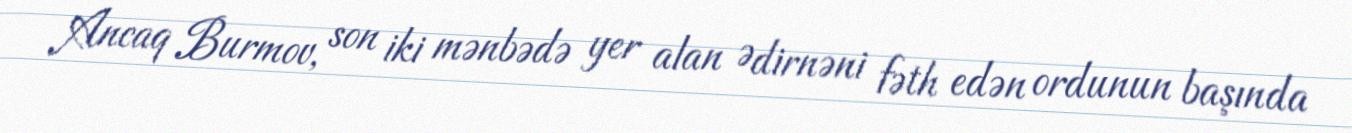
Ancaq Burmov, son iki mənbədə yer alan Ədirnəni fəth edən ordunun başında